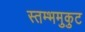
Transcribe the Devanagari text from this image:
स्तम्भमुकुट